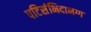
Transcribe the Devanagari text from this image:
पटिसंभिदाभग्ग